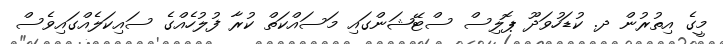
މީގެ އިތުރުން ދ. ކުޑަހުވަދޫ ޕޮލިސް ސްޓޭޝަންގައި މަސައްކަތް ކުރާ ފުލުހެއްގެ ސައިކަލެއްގައިވެސް